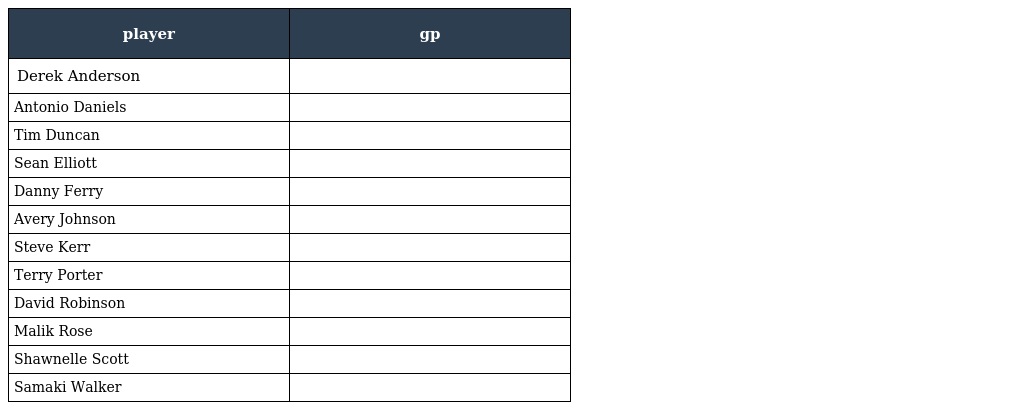
| player | gp |
 | --- | --- |
 | Derek Anderson |  |
 | Antonio Daniels |  |
 | Tim Duncan |  |
 | Sean Elliott |  |
 | Danny Ferry |  |
 | Avery Johnson |  |
 | Steve Kerr |  |
 | Terry Porter |  |
 | David Robinson |  |
 | Malik Rose |  |
 | Shawnelle Scott |  |
 | Samaki Walker |  |